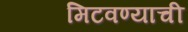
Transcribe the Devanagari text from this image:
मिटवण्याची